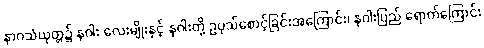
နာဂသံယုတ္တ၌ နဂါး လေးမျိုးနှင့် နဂါးတို့ ဥပုသ်စောင့်ခြင်းအကြောင်း၊ နဂါးပြည် ရောက်ကြောင်း